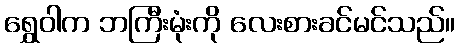
ရွှေဝါက ဘကြီးမုံးကို လေးစားခင်မင်သည်။